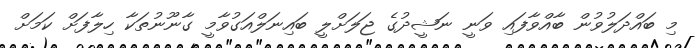
މި ބައްދަލުވުން ބާއްވާފައި ވަނީ ނަޝީދުގެ ޖަލަށްލީ ބައިނަލްއަގުވާމީ ގާނޫނުތަކާ ހިލާފަށް ކަމަށް